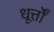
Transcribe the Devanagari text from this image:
धूर्त्तों